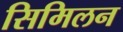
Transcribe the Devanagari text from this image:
सिमिलन